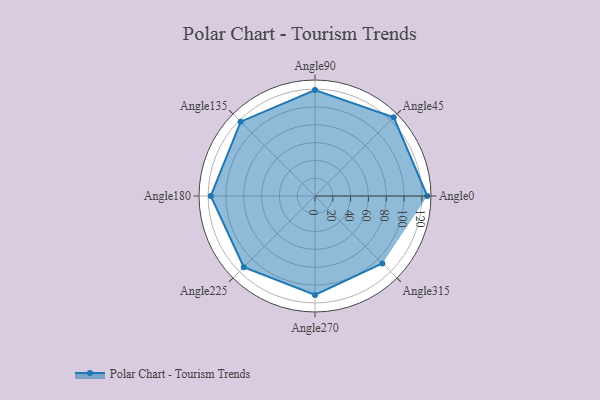
{"axis": {"x": "Angle", "y": "Radius"}, "legend": [""], "data": [{"x": "Angle0", "y": 126.0, "type": ""}, {"x": "Angle45", "y": 125.0, "type": ""}, {"x": "Angle90", "y": 119.0, "type": ""}, {"x": "Angle135", "y": 118.0, "type": ""}, {"x": "Angle180", "y": 117.0, "type": ""}, {"x": "Angle225", "y": 113.0, "type": ""}, {"x": "Angle270", "y": 111.0, "type": ""}, {"x": "Angle315", "y": 107.0, "type": ""}]}